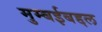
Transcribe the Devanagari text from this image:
मुम्बईबद्दल